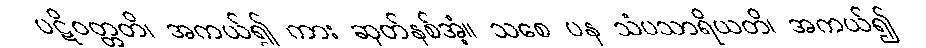
ပဋိဝတ္တတိ၊ အကယ်၍ ကား ဆုတ်နစ်အံ့။ သစေ ပန သံပသာရိယတိ၊ အကယ်၍